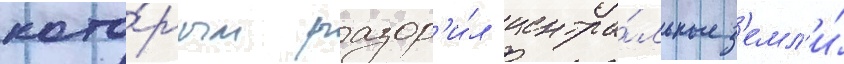
кото́рым разор'и́л центра́льные з'емл'и́